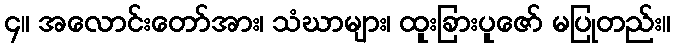
၄။ အလောင်းတော်အား၊ သံဃာများ၊ ထူးခြားပူဇော် မပြုတည်း။